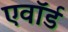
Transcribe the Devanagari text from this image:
एवॉर्ड